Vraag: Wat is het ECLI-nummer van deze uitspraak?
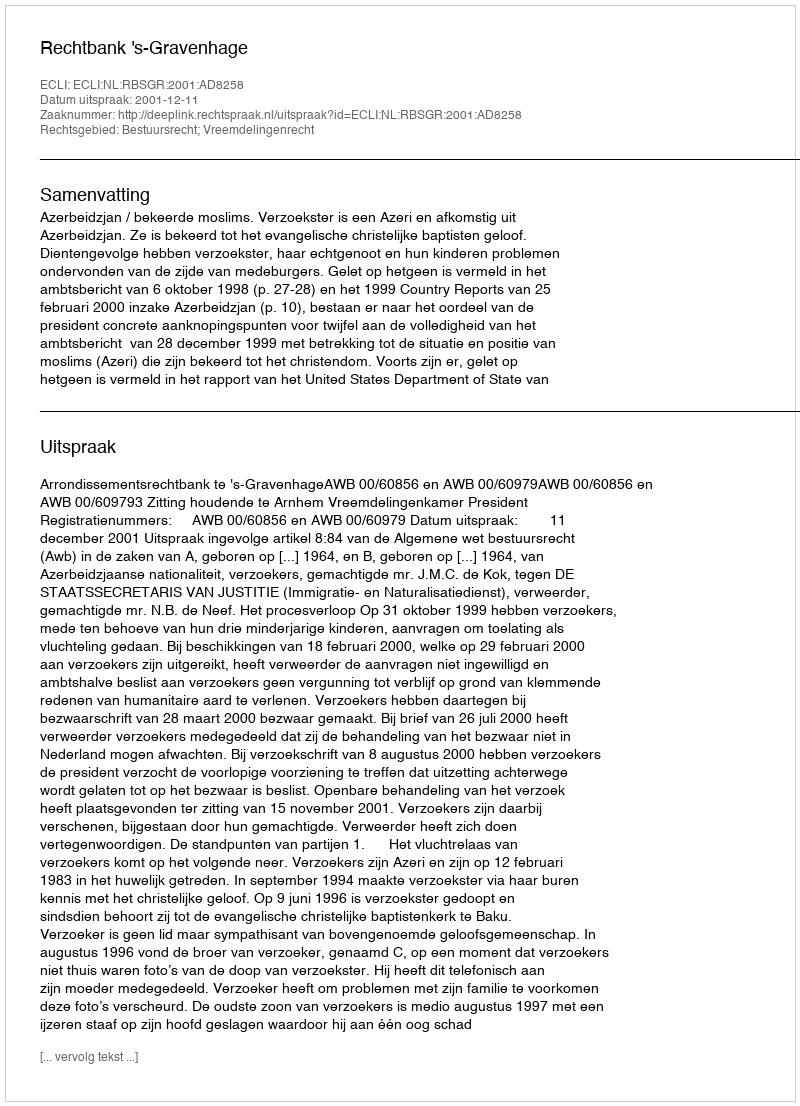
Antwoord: ECLI:NL:RBSGR:2001:AD8258